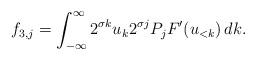
LaTeX: \begin{align*} f_{3,j} = \int_{-\infty}^\infty 2^{\sigma k } u_k 2^{\sigma j} P_j F'(u_{<k}) \, dk.\end{align*}